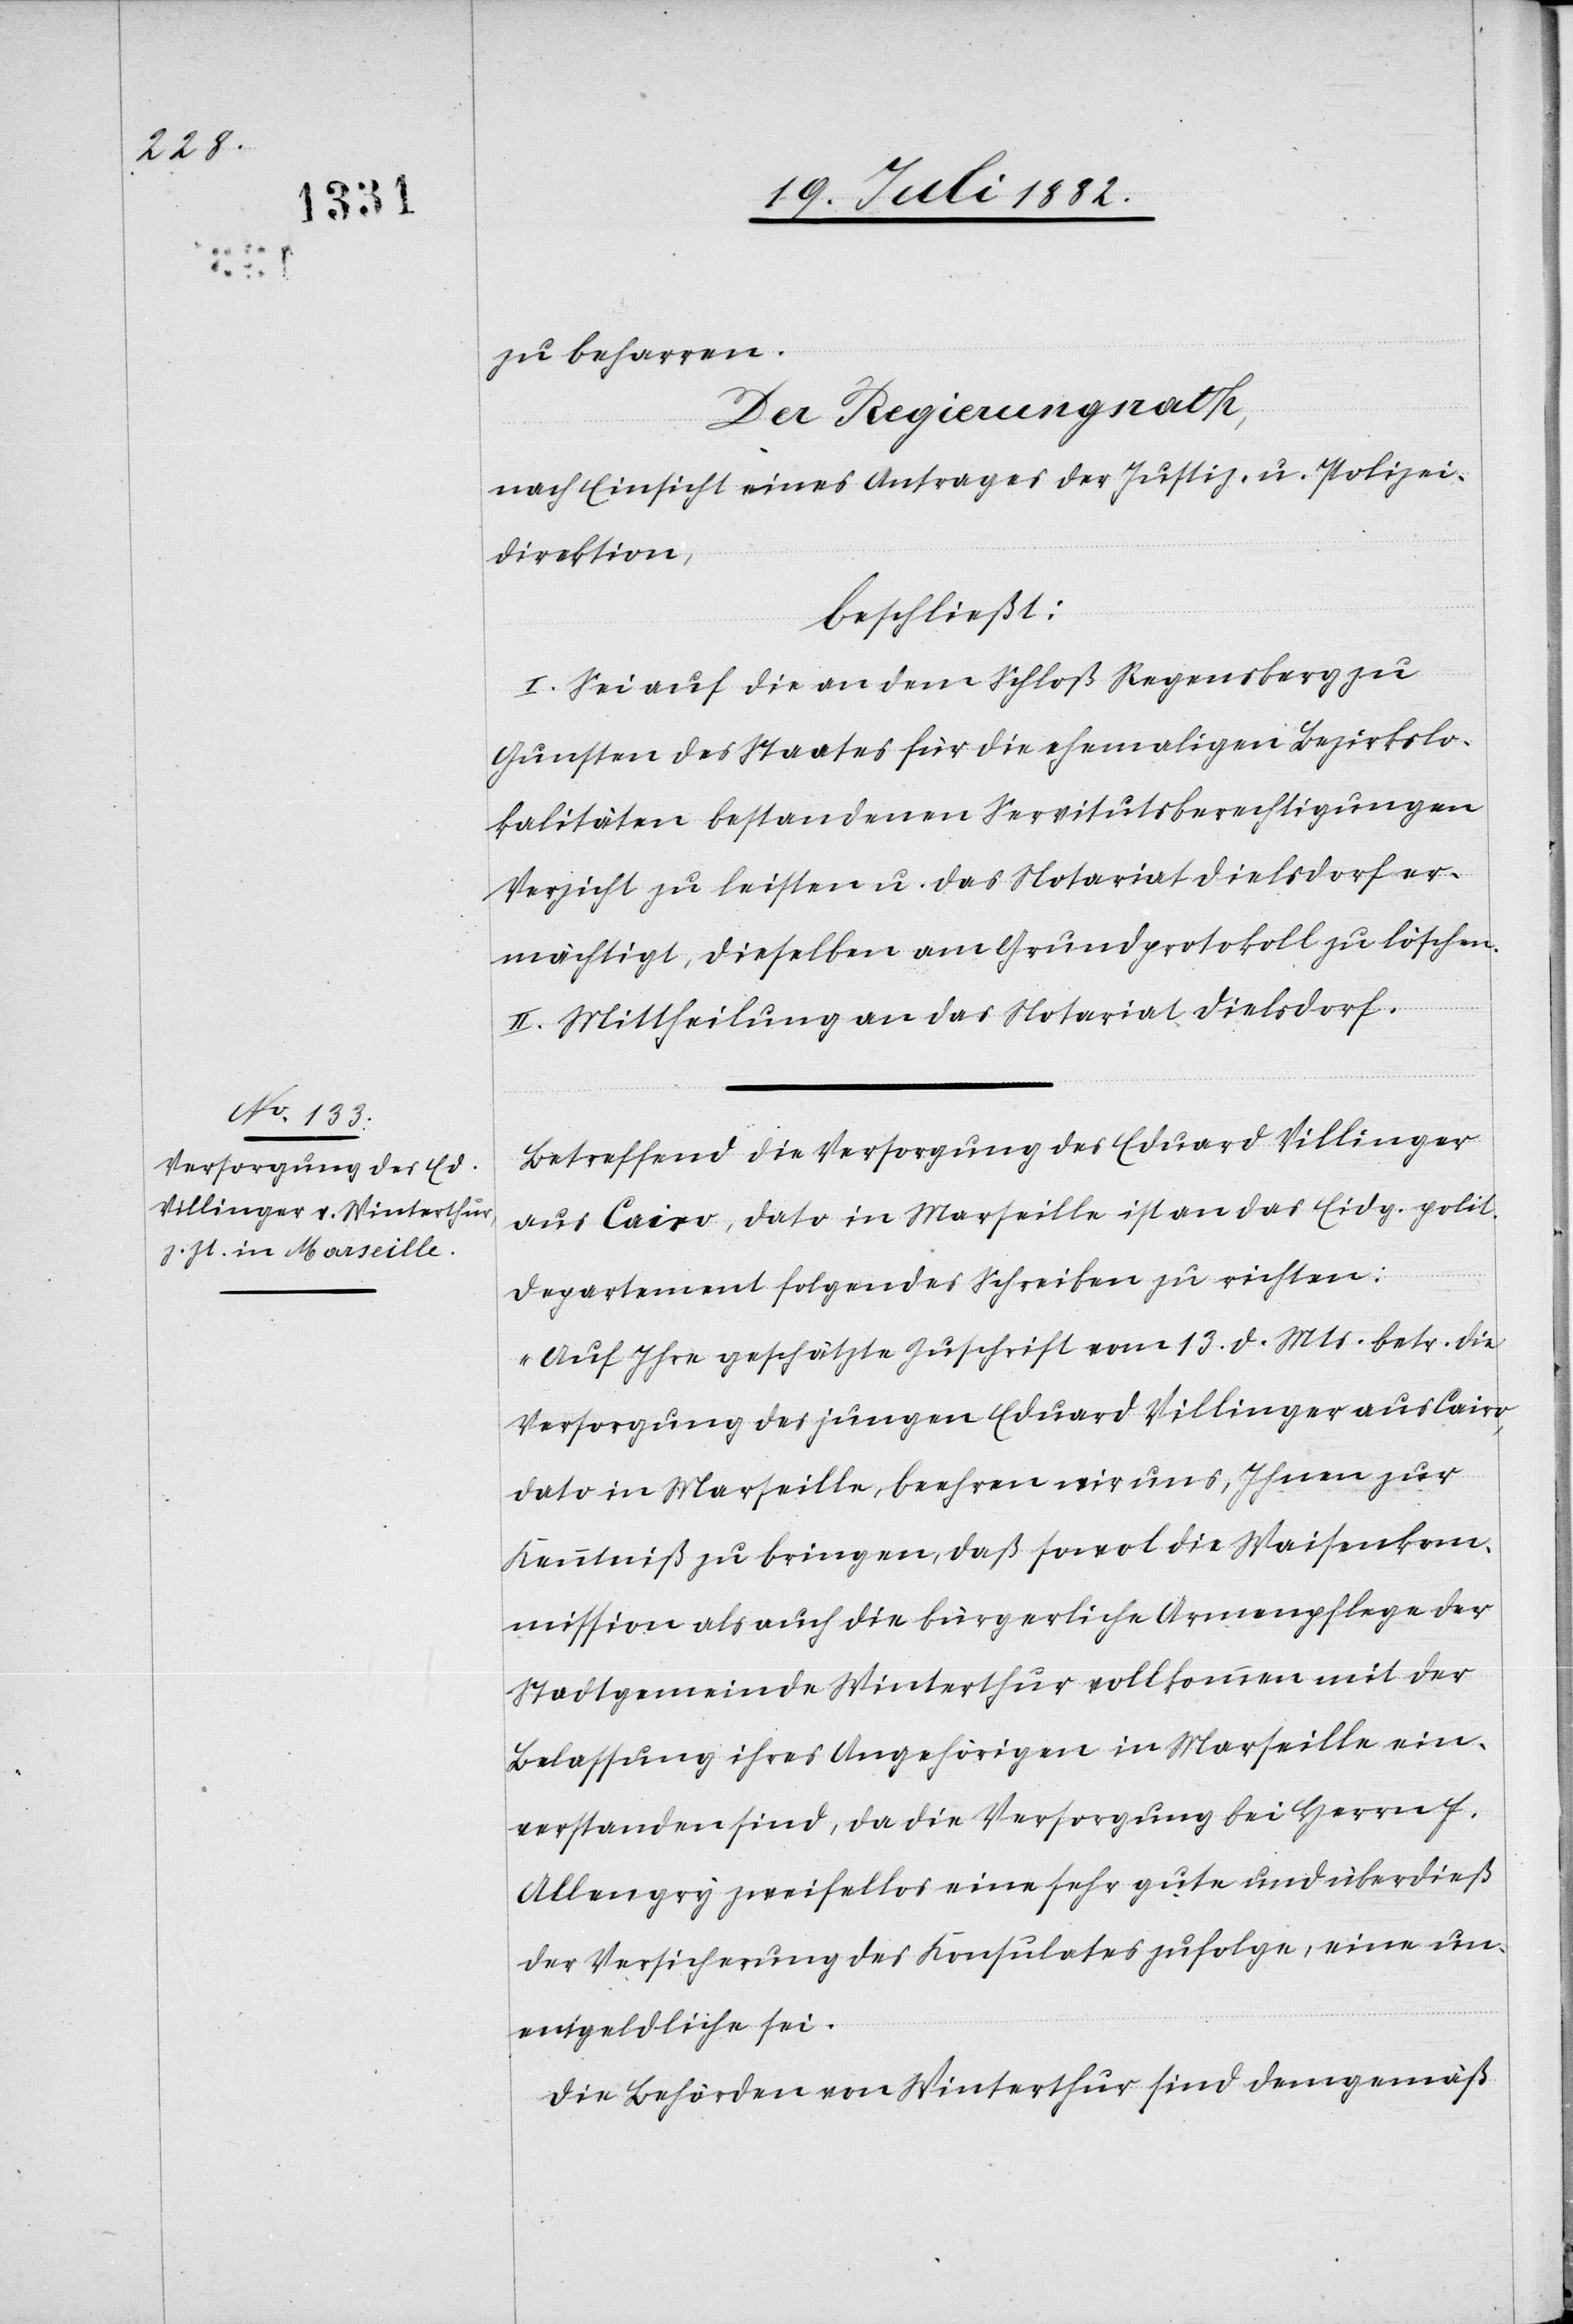
zu beharren.
Der Regierungsrath,
nach Einsicht eines Antrages der Justiz- & Polizei¬
direktion,
beschließt:
I. Sei auf die an dem Schloß Regensberg zu
Gunsten des Staates für die ehemaligen Bezirkslo¬
kalitäten bestandenen Servitutsberechtigungen
Verzicht zu leisten u. das Notariat Dielsdorf er¬
mächtigt, dieselben am Grundprotokoll zu löschen.
II. Mittheilung an das Notariat Dielsdorf.
Betreffend die Versorgung des Eduard Villinger
aus Cairo, dato in Marseille ist an das Eidg. polit.
Departement folgendes Schreiben zu richten:
„Auf Ihre geschätzte Zuschrift vom 13. d. Mts. betr. die
Versorgung des jungen Eduard Villinger aus Cairo,
dato in Marseille, beehren wir uns, Ihnen zur
Kenntniß zu bringen, daß sowol die Waisenkom¬
mission als auch die bürgerliche Armenpflege der
Stadtgemeinde Winterthur vollkommen mit der
Belassung ihres Angehörigen in Marseille ein¬
verstanden sind, da die Versorgung bei Herrn F.
Allengry zweifellos eine sehr gute und überdieß
der Versicherung des Konsulates zufolge, eine un¬
entgeldliche sei.
Die Behörden von Winterthur sind demgemäß